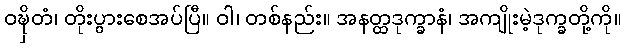
ဝဍ္ဎှိတံ၊ တိုးပွားစေအပ်ပြီ။ ဝါ၊ တစ်နည်း။ အနတ္ထဒုက္ခာနံ၊ အကျိုးမဲ့ဒုက္ခတို့ကို။